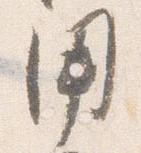
用